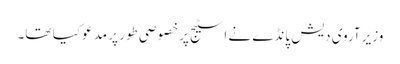
وزیر آروی دیش پانڈے نے اسٹیج پرخصوصی طور پر مدعو کیا تھا۔